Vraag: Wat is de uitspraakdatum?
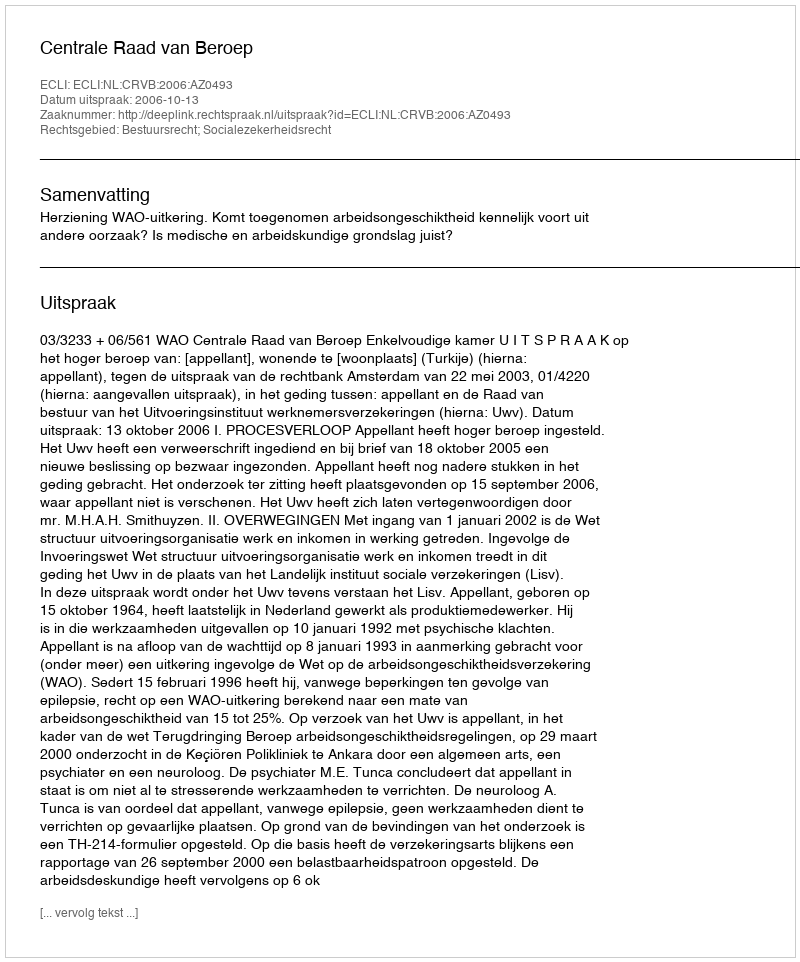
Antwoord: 2006-10-13